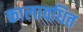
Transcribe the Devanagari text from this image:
कालावधित